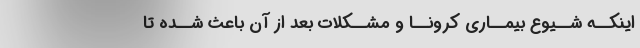
اینکــه شــیوع بیمــارى کرونــا و مشــکلات بعد از آن باعث شــده تا